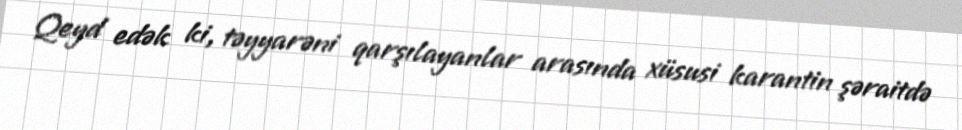
Qeyd edək ki, təyyarəni qarşılayanlar arasında xüsusi karantin şəraitdə